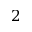
2